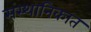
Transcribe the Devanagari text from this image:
संस्थानिकात